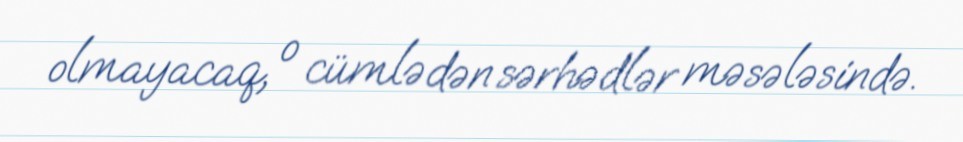
olmayacaq, o cümlədən sərhədlər məsələsində.